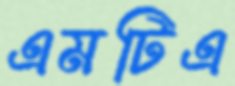
এমটিএ